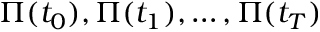
\Pi ( t _ { 0 } ) , \Pi ( t _ { 1 } ) , \ldots , \Pi ( t _ { T } )